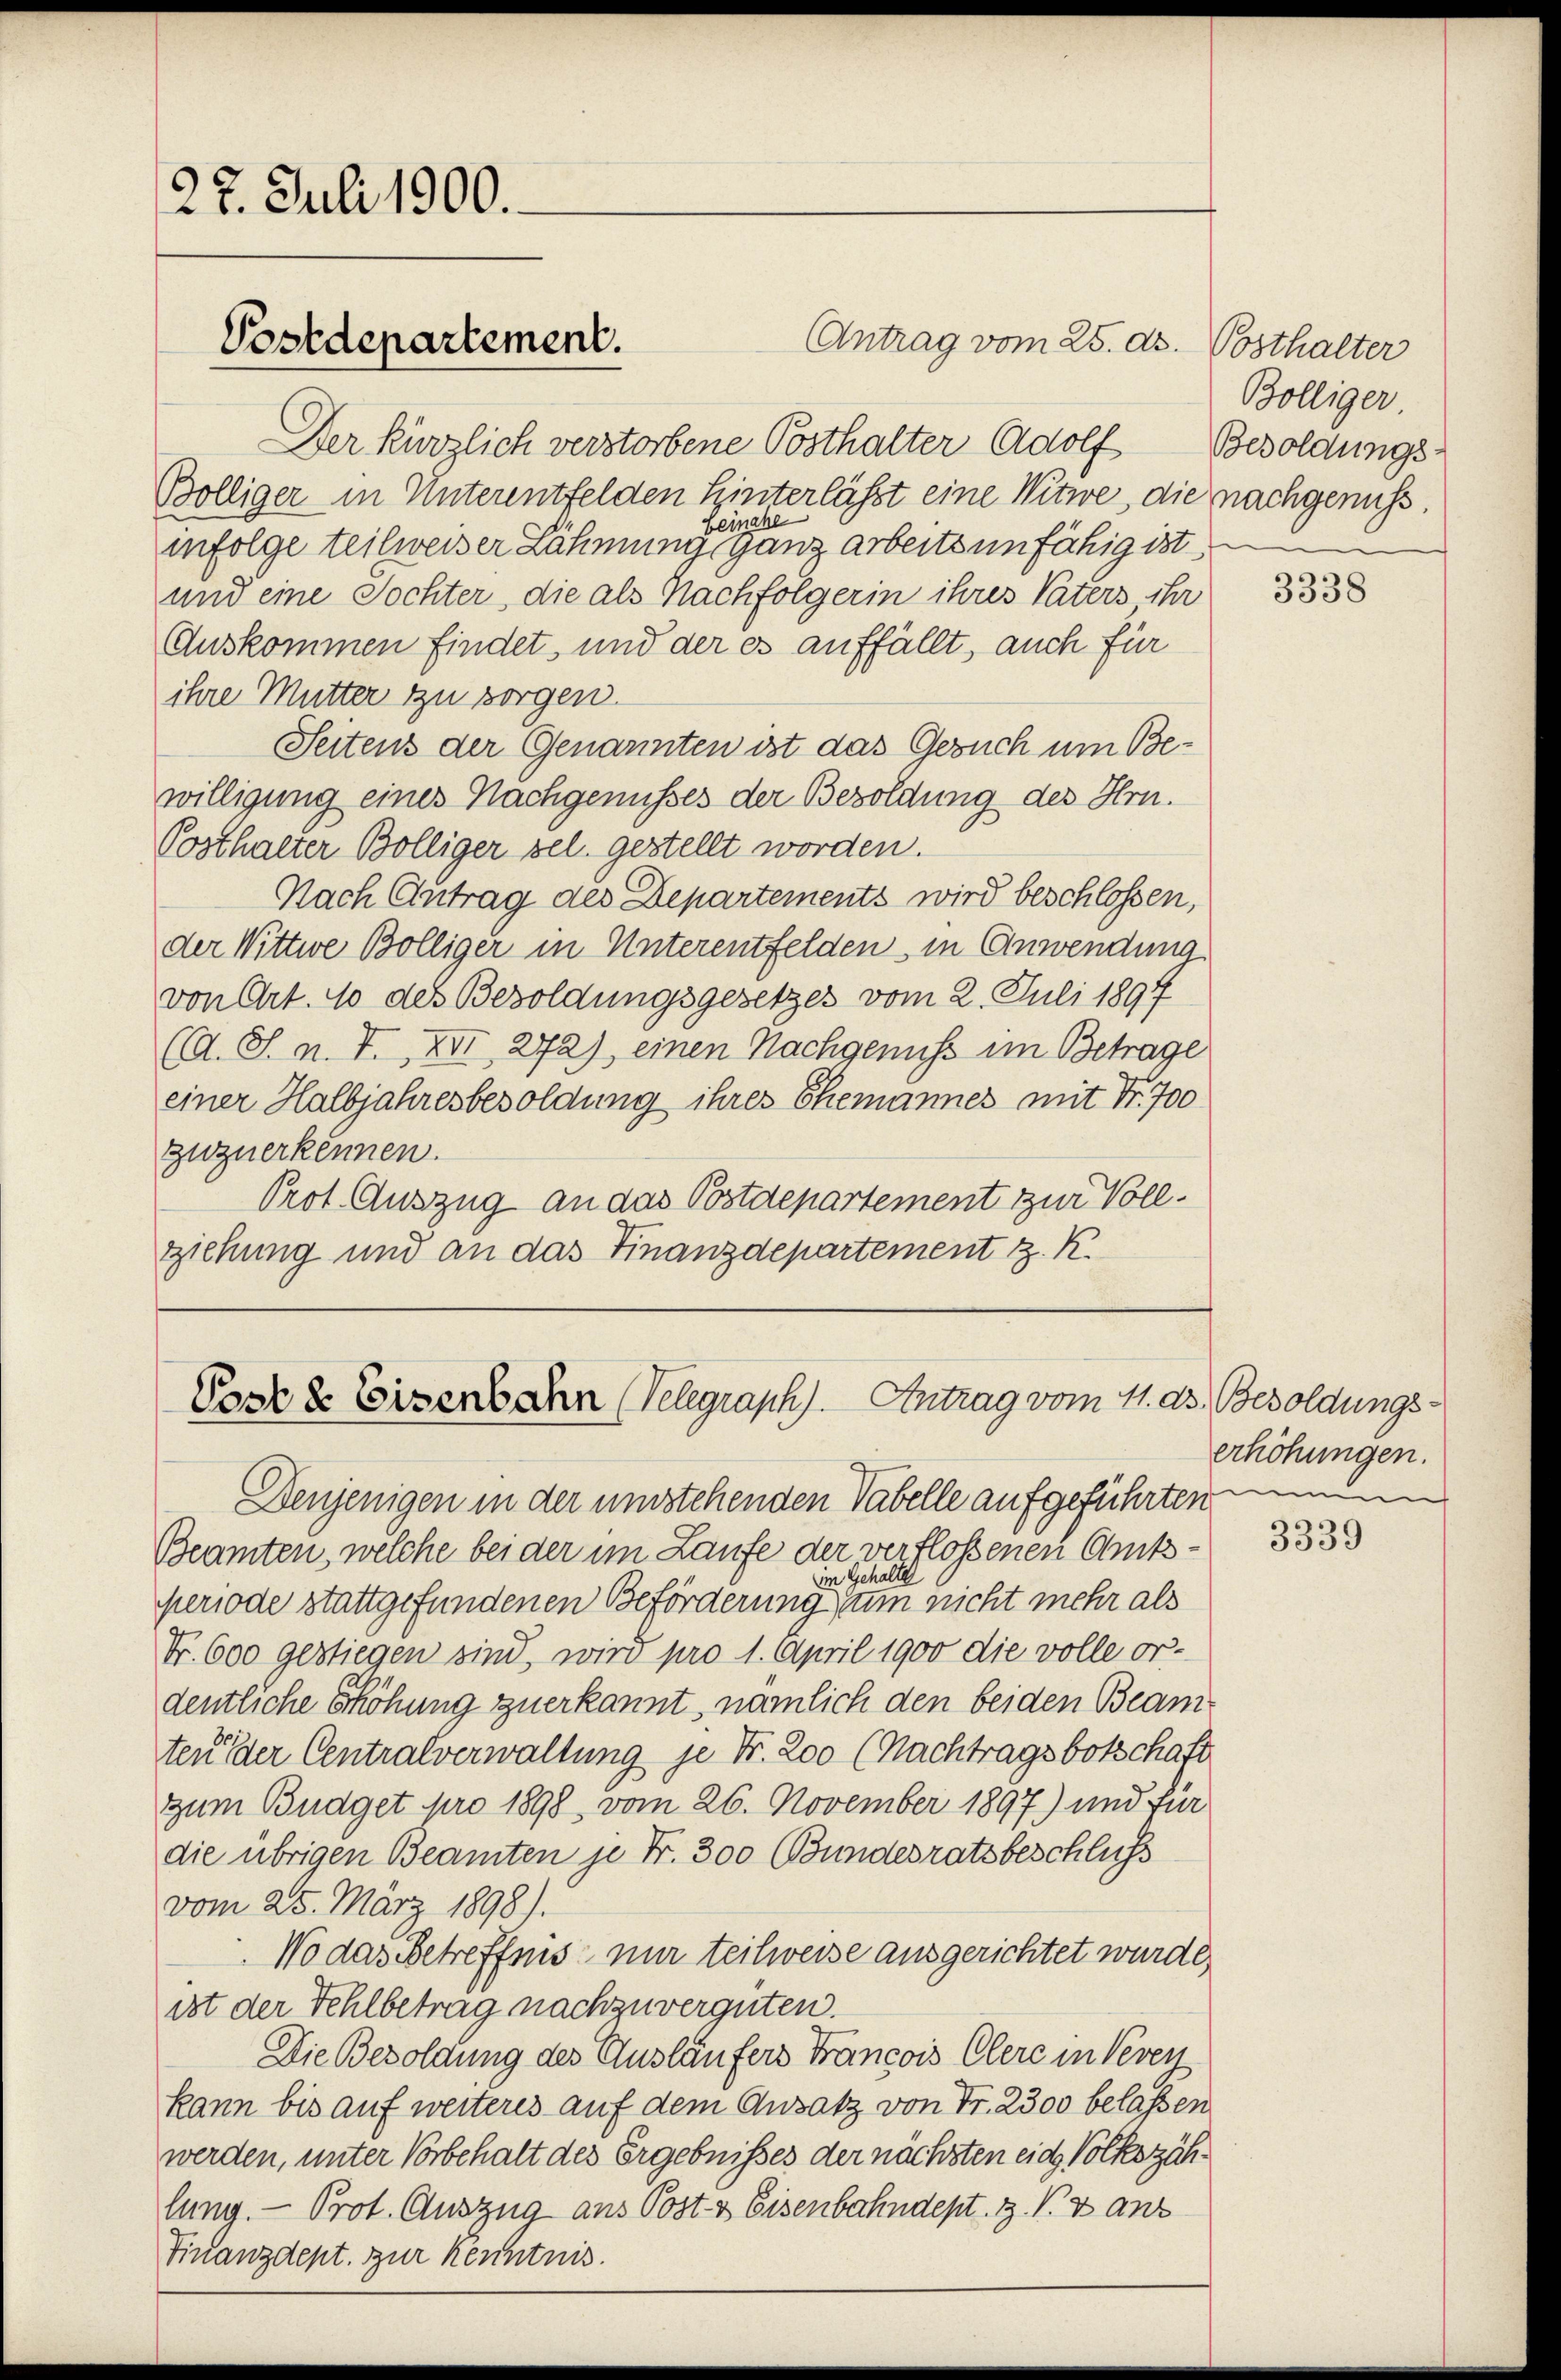
27. Juli 1900.

Der kürzlich verstorbene Posthalter Adolf Besoldungs-
Bölliger in Unterentfelden Hinterlässt eine Witwe, die nachgenuß
beinahe
infolge teilweiser Lähmung ganz arbeitsunfähig ist,
und eine Tochter, die als Nachfolgerin ihres Vaters ihr
Auskommen findet, und der es auffällt, auch für
ihre Mutter zu sorgen.
Seitens der Genannten ist das Gesuch um Bewilligung eines Nachgenusses der Besoldung des Hrn.
Posthalter Bölliger sel. gestellt worden.
Nach Antrag des Departements wird beschlossen,
der Wittwe Bölliger in Unterentfelden, in Anwendung
von Art. 10 des Besoldungsgesetzes vom 2. Juli 1897
(d. S. n. F. XII 272), einen Nachgenuss im Betrage
einer Halbjahresbesoldung ihres Ehemannes mit Fr. 700
Zwzuerkennen.
Prot. Auszug an das Postdepartement zur Vollziehung und an das Finanzdepartement z. R.

Postdepartement.

Antrag vom 25. ds. Posthalter

Post & Eisenbahn (Telegraph). Antrag vom 11. ds. Besoldungs¬

in Gehalte
periode stattgefundenen Beförderung zum nicht mehr als
Nr. 600 gestiegen sind, wird pro 1. April 1900 die volle or-
dentliche Erhöhung zuerkannt, nämlich den beiden Beamten der Centralverwaltung je Fr. 200 (Nachtragsbotschaft
zum Budget pro 1898. vom 26. November 1897) und für
die übrigen Beamten je Fr. 300 Bundesratsbeschluss
vom 25. März 1898).
Wo das Betreffens nur teilweise ausgerichtet wurde,
ist der Fehlbetrag nachzuvergüten.
Die Besoldung des Ausläufers Francois Clere in Vevey
kann bis auf weiteres auf dem Ansatz von Fr. 2300 belassen
werden, unter Vorbehalt des Ergebnisses der nächsten ein Volkszählung. — Prot. Auszug aus Post- & Eisenbahndept. Z. V. 3 anz
Finanzdept. zur Kenntnis.

Denjenigen in der umstehenden Tabelle aufgeführten i
Beamten, welche bei der im Laufe der verflossenen Amts¬

Bölliger

3338

erhöhungen.

3339